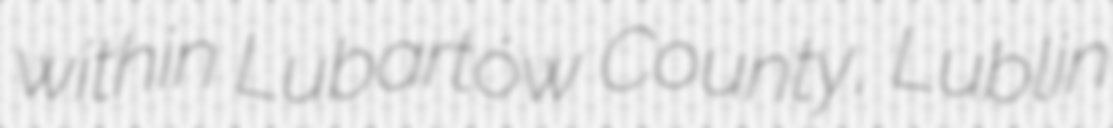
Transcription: within Lubartów County, Lublin